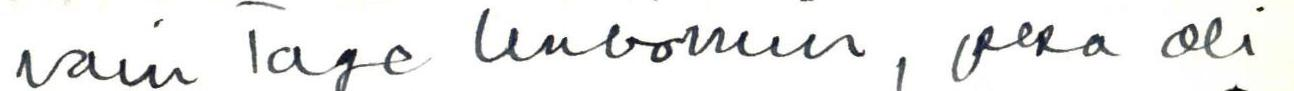
vain Tage Unbomin, joka oli